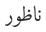
ناظور